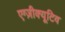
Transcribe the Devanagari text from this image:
एग्ज़ीक्यूटिव